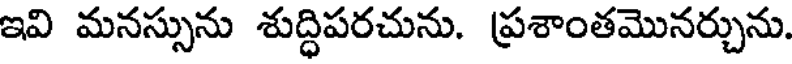
ఇవి మనస్సును శుద్ధిపరచును. ప్రశాంతమొనర్చును.